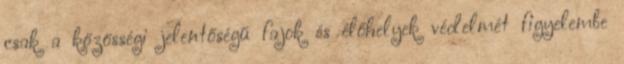
csak a közösségi jelentőségű fajok és élőhelyek védelmét figyelembe